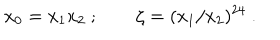
x _ { 0 } = x _ { 1 } x _ { 2 } \ ; \qquad \zeta = ( x _ { 1 } / x _ { 2 } ) ^ { 2 4 } \ .